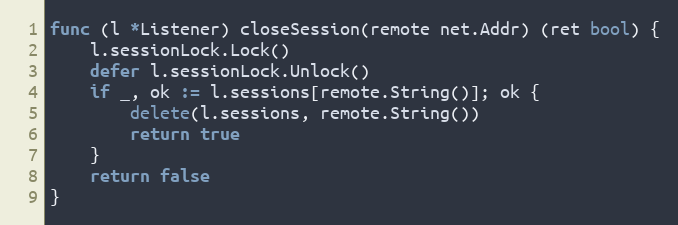
Language: Go
func (l *Listener) closeSession(remote net.Addr) (ret bool) {
	l.sessionLock.Lock()
	defer l.sessionLock.Unlock()
	if _, ok := l.sessions[remote.String()]; ok {
		delete(l.sessions, remote.String())
		return true
	}
	return false
}